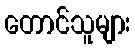
တောင်သူများ